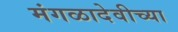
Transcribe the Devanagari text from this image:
मंगळादेवीच्या